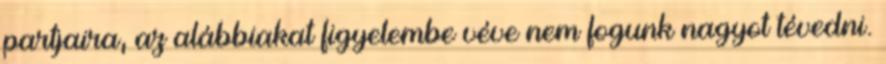
partjaira, az alábbiakat figyelembe véve nem fogunk nagyot tévedni.